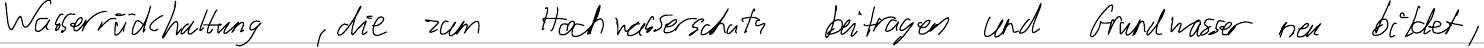
Wasserrückhaltung, die zum Hochwasserschutz beitragen und Grundwasser neu bildet,